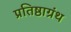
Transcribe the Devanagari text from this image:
प्रतिष्ठाग्रंथ